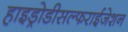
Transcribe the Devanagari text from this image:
हाइड्रोडीसल्फराईजेशन